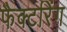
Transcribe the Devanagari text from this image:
फैक्टरिंग